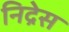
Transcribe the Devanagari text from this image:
निद्रेस